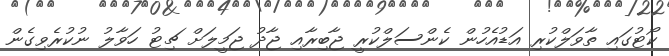
ކޯޓުގައި ތާވަލްކުރި އަޑުއެހުން ކެންސަލްކުރީ ޖާބިރާއި ޖާދު ޖަމީލަށް ޗިޓު ހަވާލު ނުކުރެވިގެން